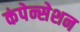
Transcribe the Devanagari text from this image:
कंपेन्सेशन